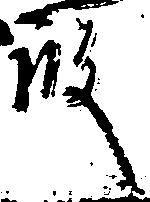
殿